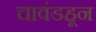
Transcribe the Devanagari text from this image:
चावंडहून